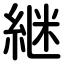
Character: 継